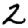
Digit: 2